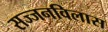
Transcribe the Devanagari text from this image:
सज्जनविलास